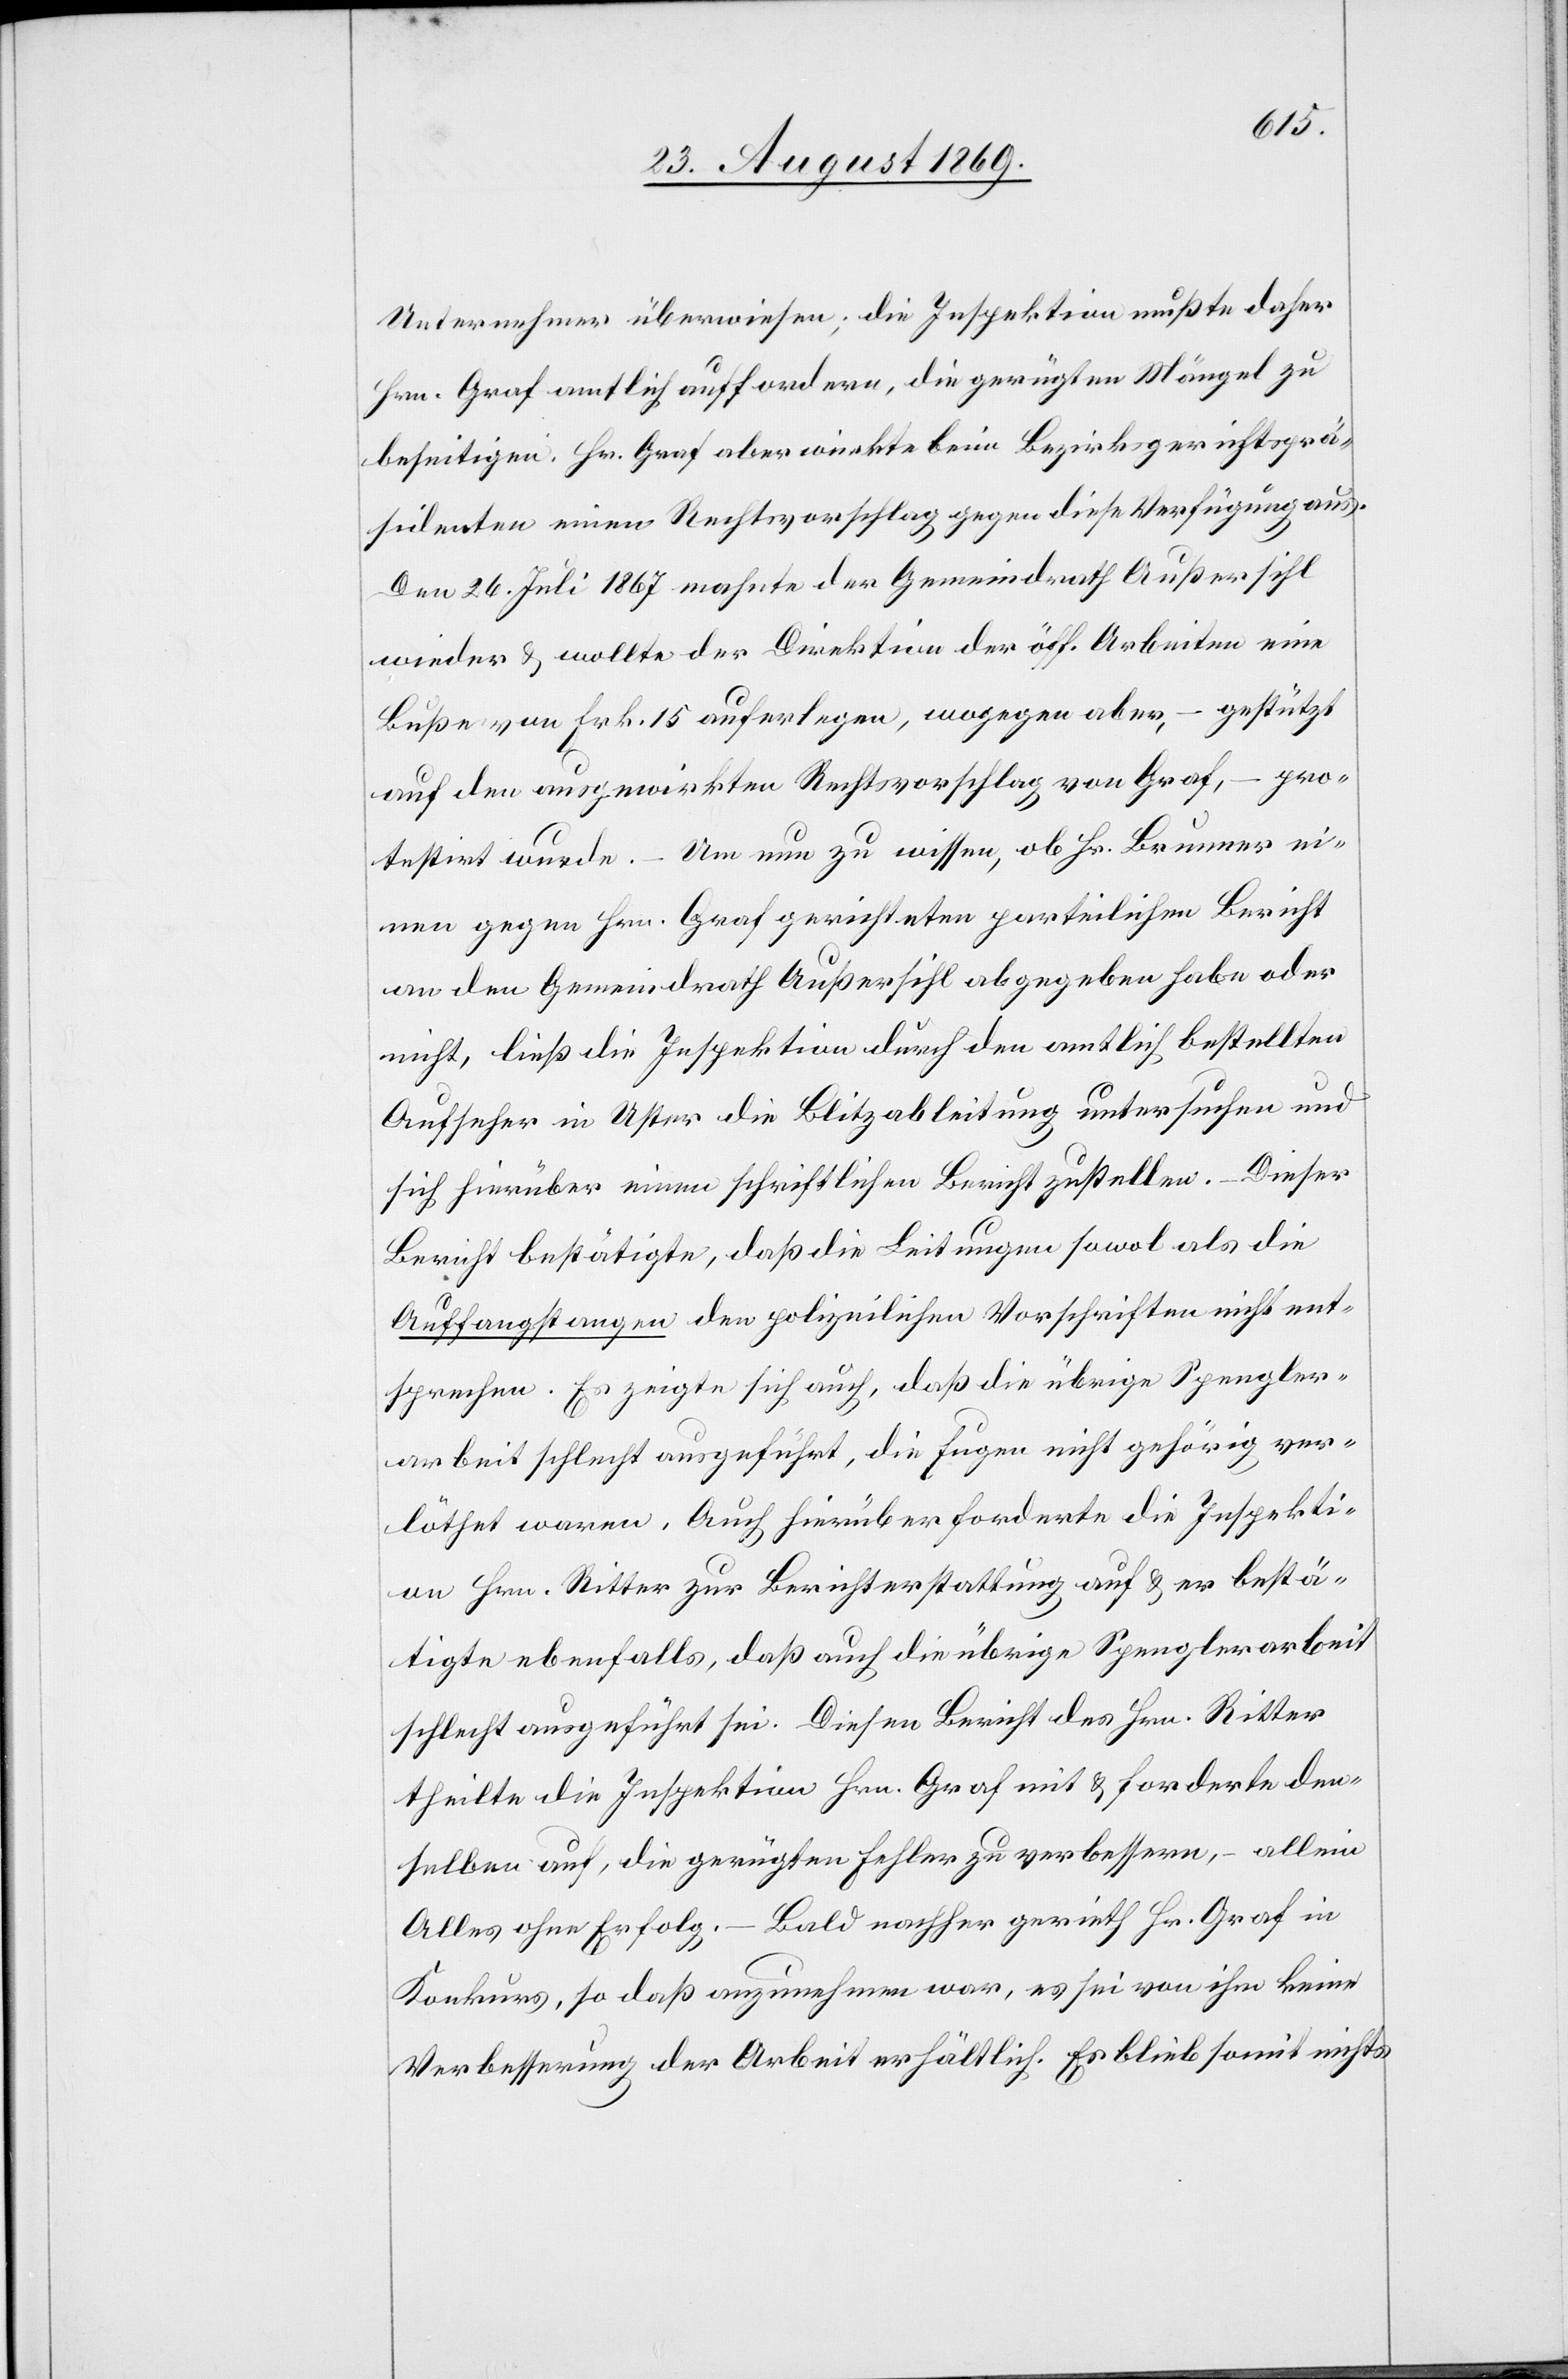
Unternehmer überwiesen; die Inspektion mußte daher
Hrn. Graf amtlich auffordern, die gerügten Mängel zu
beseitigen. Hr. Graf aber wirkte beim Bezirksgerichtsprä¬
sidenten einen Rechtsvorschlag gegen diese Verfügung aus.
Den 26. Juli 1867 mahnte der Gemeindrath Außersihl
wieder & wollte der Direktion der öff. Arbeiten eine
Buße von Frk. 15 auferlegen, wogegen aber, – gestützt
auf den ausgewirkten Rechtsvorschlag von Graf, – pro¬
testirt wurde. – Um nun zu wissen, ob Hr. Brunner ei¬
nen gegen Hrn. Graf gerichteten parteilichen Bericht
an den Gemeindrath Außersihl abgegeben habe oder
nicht, ließ die Inspektion durch den amtlich bestellten
Aufseher in Uster die Blitzableitung untersuchen und
sich hierüber einen schriftlichen Bericht zustellen. – Dieser
Bericht bestätigte, daß die Leitungen sowol als die
Auffangstangen den polizeilichen Vorschriften nicht ent¬
sprechen. Es zeigte sich auch, daß die übrige Spengler¬
arbeit schlecht ausgeführt, die Fugen nicht gehörig ver¬
löthet waren. Auch hierüber forderte die Inspekti¬
on Hrn. Ritter zur Berichterstattung auf & er bestä¬
tigte ebenfalls, daß auch die übrige Spenglerarbeit
schlecht ausgeführt sei. Diesen Bericht des Hrn. Ritter
theilte die Inspektion Hrn. Graf mit & forderte den¬
selben auf, die gerügten Fehler zu verbessern, – allein
Alles ohne Erfolg. – Bald nachher gerieth Hr. Graf in
Konkurs, so daß anzunehmen war, es sei von ihm keine
Verbesserung der Arbeit erhältlich. Es blieb somit nichts